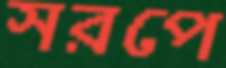
সরপে